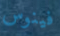
فينوس